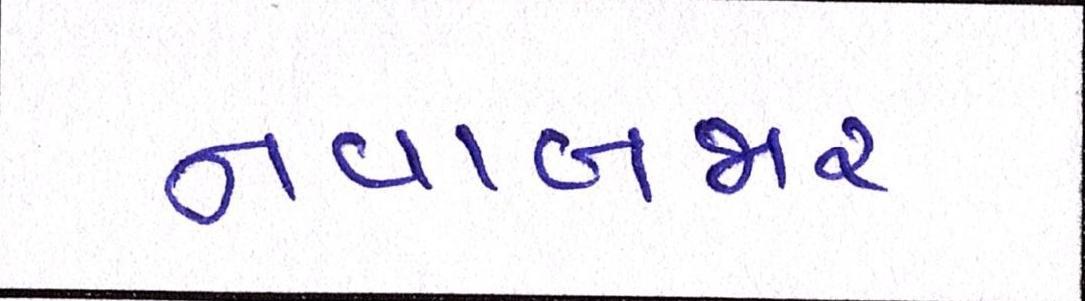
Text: નવાબજાર